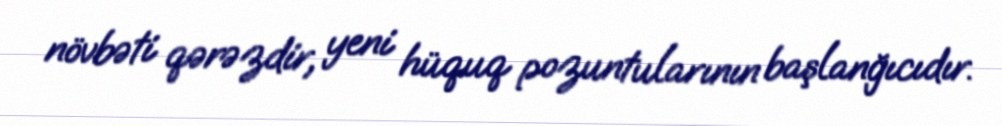
növbəti qərəzdir, yeni hüquq pozuntularının başlanğıcıdır.